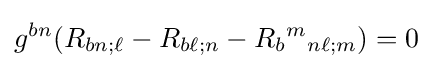
g^{bn}(R_{bn;\ell }-R_{b\ell ;n}-R_{b}{}^{m}{}_{n\ell ;m})=0